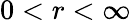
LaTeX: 0<r<\infty